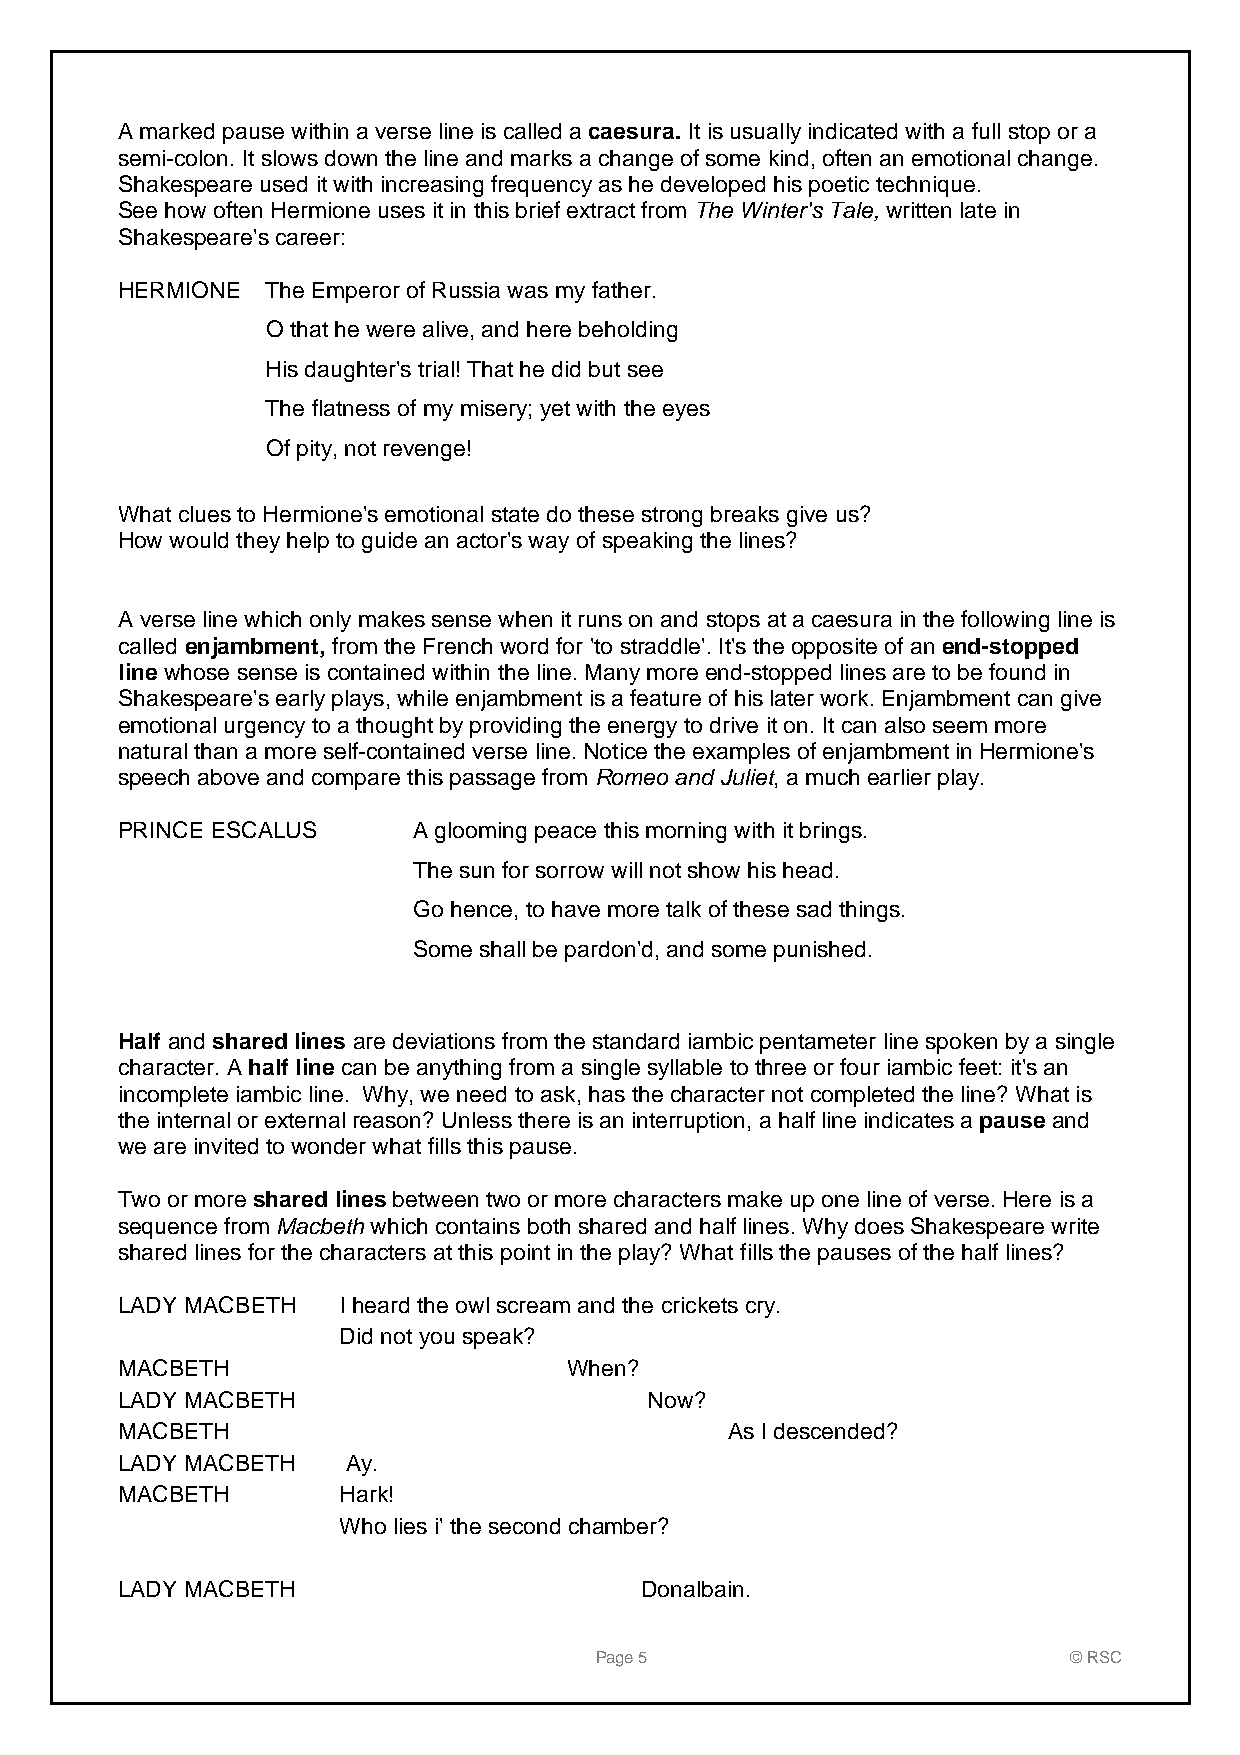
A marked pause within a verse line is called a caesura. It is usually indicated with a full stop or a
 semi-colon. It slows down the line and marks a change of some kind, often an emotional change.
 Shakespeare used it with increasing frequency as he developed his poetic technique.
 See how often Hermione uses it in this brief extract from The Winter's Tale, written late in
 Shakespeare's career:
 HERMIONE  The Emperor of Russia was my father.
 O that he were alive, and here beholding
 His daughter's trial! That he did but see
 The flatness of my misery; yet with the eyes
 Of pity, not revenge!
 What clues to Hermione's emotional state do these strong breaks give us?
 How would they help to guide an actor's way of speaking the lines?
 A verse line which only makes sense when it runs on and stops at a caesura in the following line is
 called enjambment, from the French word for 'to straddle'. It's the opposite of an end-stopped
 line whose sense is contained within the line. Many more end-stopped lines are to be found in
 Shakespeare's early plays, while enjambment is a feature of his later work. Enjambment can give
 emotional urgency to a thought by providing the energy to drive it on. It can also seem more
 natural than a more self-contained verse line. Notice the examples of enjambment in Hermione's
 speech above and compare this passage from Romeo and Juliet, a much earlier play.
 PRINCE ESCALUS     A glooming peace this morning with it brings.
 The sun for sorrow will not show his head.
 Go hence, to have more talk of these sad things.
 Some shall be pardon'd, and some punished.
 Half and shared lines are deviations from the standard iambic pentameter line spoken by a single
 character. A half line can be anything from a single syllable to three or four iambic feet: it's an
 incomplete iambic line. Why, we need to ask, has the character not completed the line? What is
 the internal or external reason? Unless there is an interruption, a half line indicates a pause and
 we are invited to wonder what fills this pause.
 Two or more shared lines between two or more characters make up one line of verse. Here is a
 sequence from Macbeth which contains both shared and half lines. Why does Shakespeare write
 shared lines for the characters at this point in the play? What fills the pauses of the half lines?
 LADY MACBETH  I heard the owl scream and the crickets cry.
 Did not you speak?
 MACBETH                       When?
 LADY MACBETH                       Now?
 MACBETH                                 As I descended?
 LADY MACBETH   Ay.
 MACBETH       Hark!
 Who lies i' the second chamber?
 LADY MACBETH                      Donalbain.
 Page 5                          © RSC